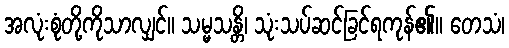
အလုံးစုံတို့ကိုသာလျှင်။ သမ္မသန္တိ၊ သုံးသပ်ဆင်ခြင်ရကုန်၏။ တေသံ၊